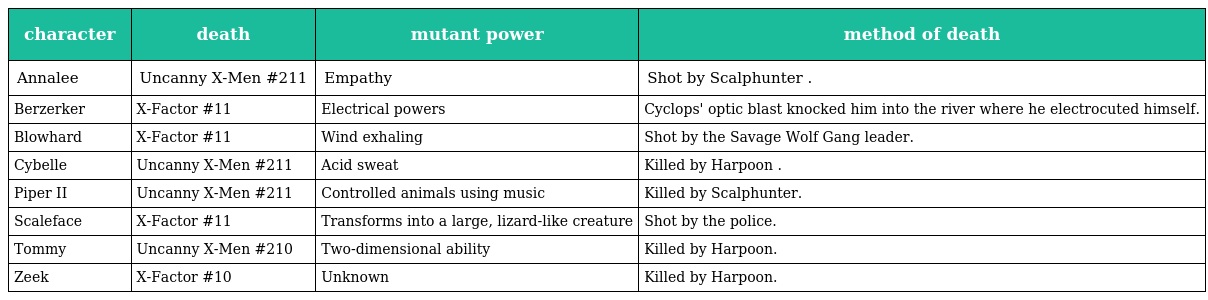
| character | death | mutant power | method of death |
 | --- | --- | --- | --- |
 | Annalee | Uncanny X-Men #211 | Empathy | Shot by Scalphunter . |
 | Berzerker | X-Factor #11 | Electrical powers | Cyclops' optic blast knocked him into the river where he electrocuted himself. |
 | Blowhard | X-Factor #11 | Wind exhaling | Shot by the Savage Wolf Gang leader. |
 | Cybelle | Uncanny X-Men #211 | Acid sweat | Killed by Harpoon . |
 | Piper II | Uncanny X-Men #211 | Controlled animals using music | Killed by Scalphunter. |
 | Scaleface | X-Factor #11 | Transforms into a large, lizard-like creature | Shot by the police. |
 | Tommy | Uncanny X-Men #210 | Two-dimensional ability | Killed by Harpoon. |
 | Zeek | X-Factor #10 | Unknown | Killed by Harpoon. |